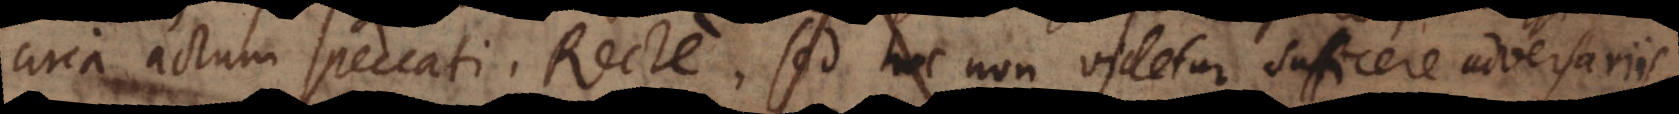
circa actum peccati. Recte, sed hoc non videtur sufficere adversariis,